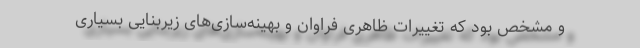
و مشخص بود که تغییرات ظاهری فراوان و بهینه‌سازی‌های زیربنایی بسیاری